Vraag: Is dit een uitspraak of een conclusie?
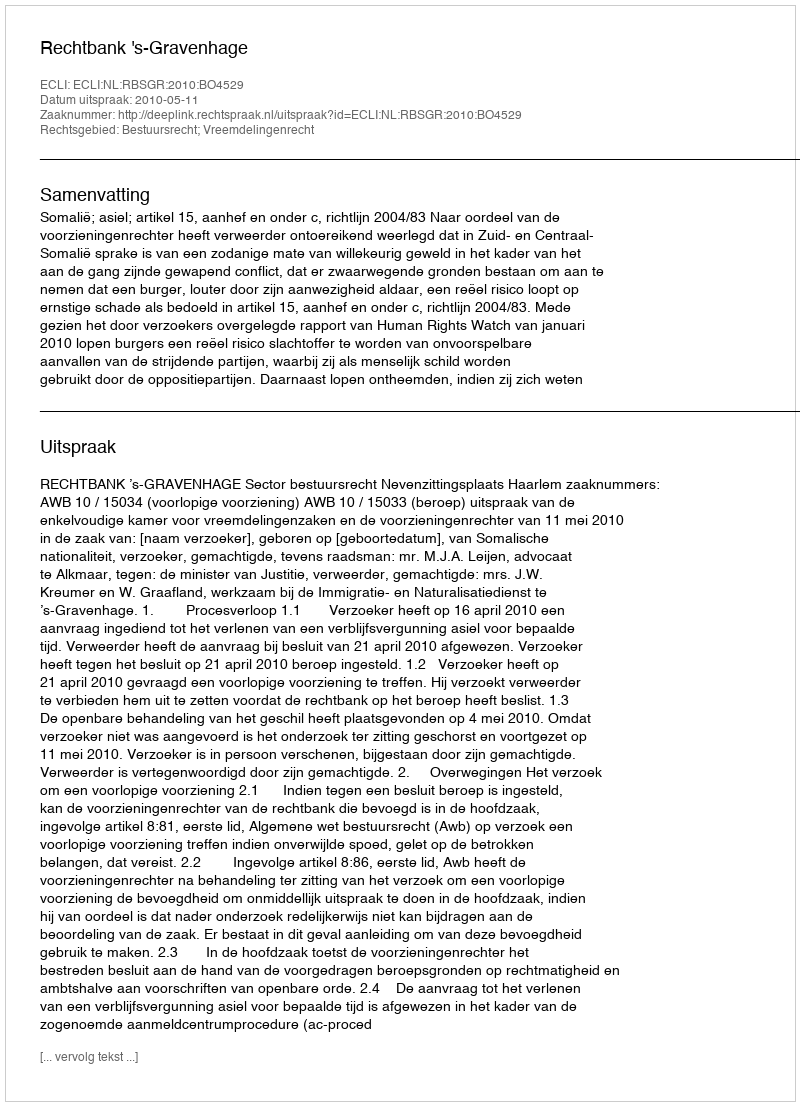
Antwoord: Uitspraak